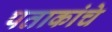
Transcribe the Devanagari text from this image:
पताकांचे